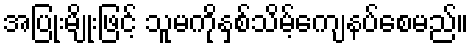
အပြုံးမျိုးဖြင့် သူမကိုနှစ်သိမ့်ကျေနပ်စေမည်။